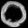
Digit: ၀